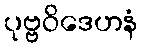
ပုဗ္ဗဝိဒေဟနံ